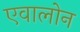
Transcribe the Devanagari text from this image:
एवालोन